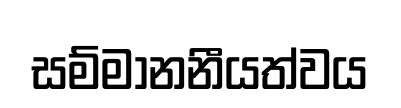
සම්මානනීයත්වය